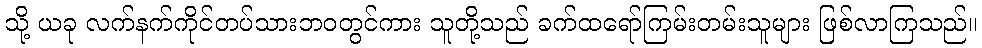
သို့ ယခု လက်နက်ကိုင်တပ်သားဘဝတွင်ကား သူတို့သည် ခက်ထရော်ကြမ်းတမ်းသူများ ဖြစ်လာကြသည်။